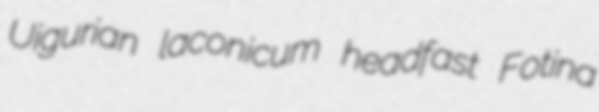
Uigurian laconicum headfast Fotina